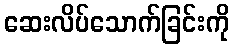
ဆေးလိပ်သောက်ခြင်းကို